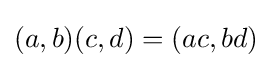
(a,b)(c,d)=(ac,bd)